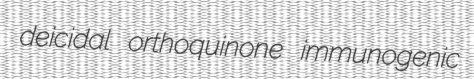
deicidal orthoquinone immunogenic